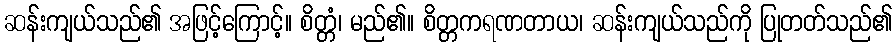
ဆန်းကျယ်သည်၏ အဖြင့်ကြောင့်။ စိတ္တံ၊ မည်၏။ စိတ္တကရဏတာယ၊ ဆန်းကျယ်သည်ကို ပြုတတ်သည်၏